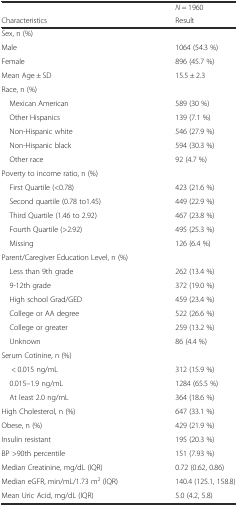
<table><thead><tr><td></td><td><b><i>N</i> = 1960</b></td></tr><tr><td><b>Characteristics</b></td><td><b>Result</b></td></tr></thead><tbody><tr><td>Sex, n (%)</td><td></td></tr><tr><td>Male</td><td>1064 (54.3 %)</td></tr><tr><td>Female</td><td>896 (45.7 %)</td></tr><tr><td>Mean Age ± SD</td><td>15.5 ± 2.3</td></tr><tr><td>Race, n (%)</td><td></td></tr><tr><td> Mexican American</td><td>589 (30 %)</td></tr><tr><td> Other Hispanics</td><td>139 (7.1 %)</td></tr><tr><td> Non-Hispanic white</td><td>546 (27.9 %)</td></tr><tr><td> Non-Hispanic black</td><td>594 (30.3 %)</td></tr><tr><td> Other race</td><td>92 (4.7 %)</td></tr><tr><td>Poverty to income ratio, n (%)</td><td></td></tr><tr><td> First Quartile (&lt;0.78)</td><td>423 (21.6 %)</td></tr><tr><td> Second quartile (0.78 to1.45)</td><td>449 (22.9 %)</td></tr><tr><td> Third Quartile (1.46 to 2.92)</td><td>467 (23.8 %)</td></tr><tr><td> Fourth Quartile (&gt;2.92)</td><td>495 (25.3 %)</td></tr><tr><td> Missing</td><td>126 (6.4 %)</td></tr><tr><td>Parent/Caregiver Education Level, n (%)</td><td></td></tr><tr><td> Less than 9th grade</td><td>262 (13.4 %)</td></tr><tr><td> 9-12th grade</td><td>372 (19.0 %)</td></tr><tr><td> High school Grad/GED</td><td>459 (23.4 %)</td></tr><tr><td> College or AA degree</td><td>522 (26.6 %)</td></tr><tr><td> College or greater</td><td>259 (13.2 %)</td></tr><tr><td> Unknown</td><td>86 (4.4 %)</td></tr><tr><td>Serum Cotinine, n (%)</td><td></td></tr><tr><td>&lt; 0.015 ng/mL</td><td>312 (15.9 %)</td></tr><tr><td> 0.015–1.9 ng/mL</td><td>1284 (65.5 %)</td></tr><tr><td> At least 2.0 ng/mL</td><td>364 (18.6 %)</td></tr><tr><td>High Cholesterol, n (%)</td><td>647 (33.1 %)</td></tr><tr><td>Obese, n (%)</td><td>429 (21.9 %)</td></tr><tr><td>Insulin resistant</td><td>195 (20.3 %)</td></tr><tr><td>BP &gt;90th percentile</td><td>151 (7.93 %)</td></tr><tr><td>Median Creatinine, mg/dL (IQR)</td><td>0.72 (0.62, 0.86)</td></tr><tr><td>Median eGFR, min/mL/1.73 m<sup>2</sup> (IQR)</td><td>140.4 (125.1, 158.8)</td></tr><tr><td>Mean Uric Acid, mg/dL (IQR)</td><td>5.0 (4.2, 5.8)</td></tr></tbody></table>